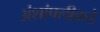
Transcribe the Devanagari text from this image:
अंशांपलीकडे